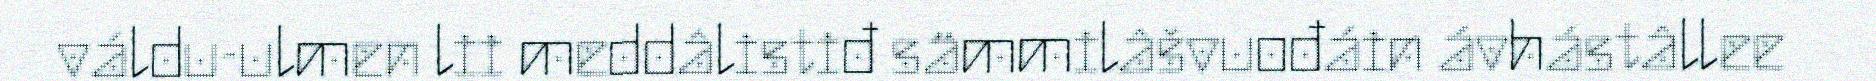
váldu-ulmen lii meddâlistiđ sämmilâšvuođáin ávhástâllee